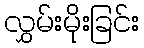
လွှမ်းမိုးခြင်း